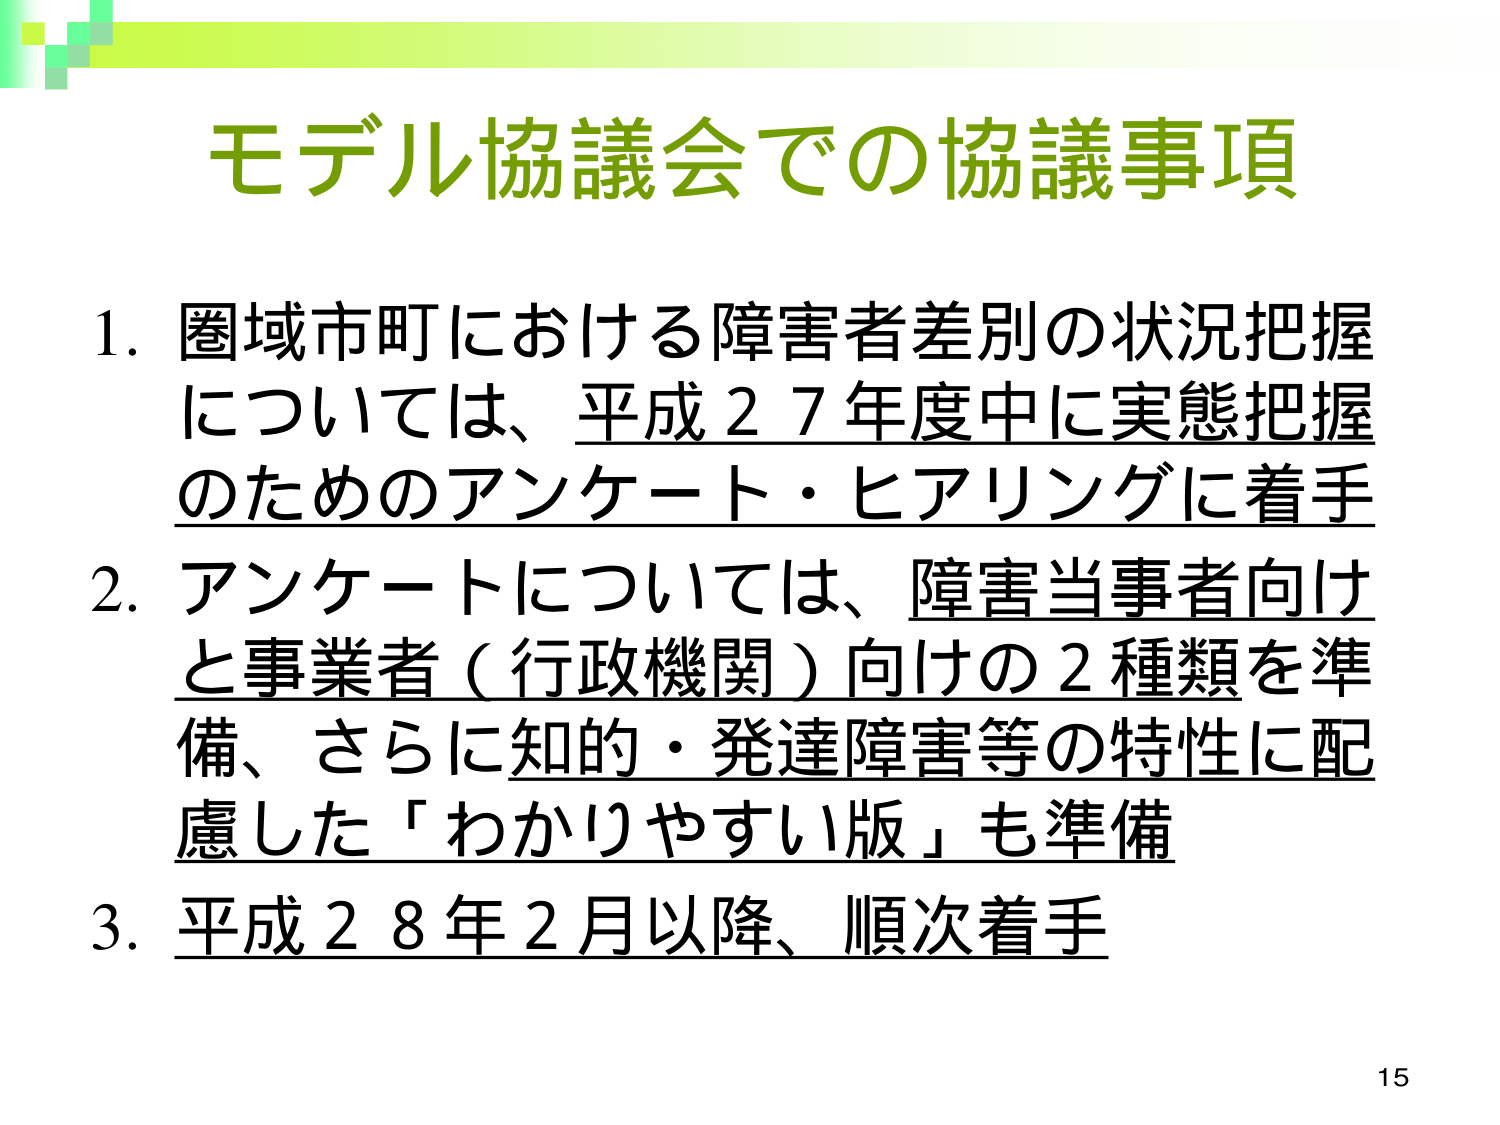
モデル協議会での協議事項

1. 圏域市町における障害者差別の状況把握については、平成27年度中に実態把握のためのアンケート・ヒアリングに着手

2. アンケートについては、障害当事者向けと事業者（行政機関）向けの2種類を準備、さらに知的・発達障害等の特性に配慮した「わかりやすい版」も準備

3. 平成28年2月以降、順次着手

15